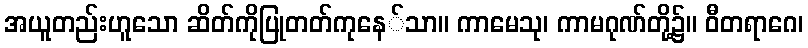
အယူတည်းဟူသော ဆိတ်ကိုပြုတတ်ကုနေ်သာ။ ကာမေသု၊ ကာမဂုဏ်တို့၌။ ဝီတရာဂေ၊